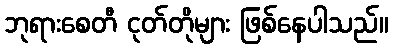
ဘုရားစေတီ ငုတ်တိုများ ဖြစ်နေပါသည်။